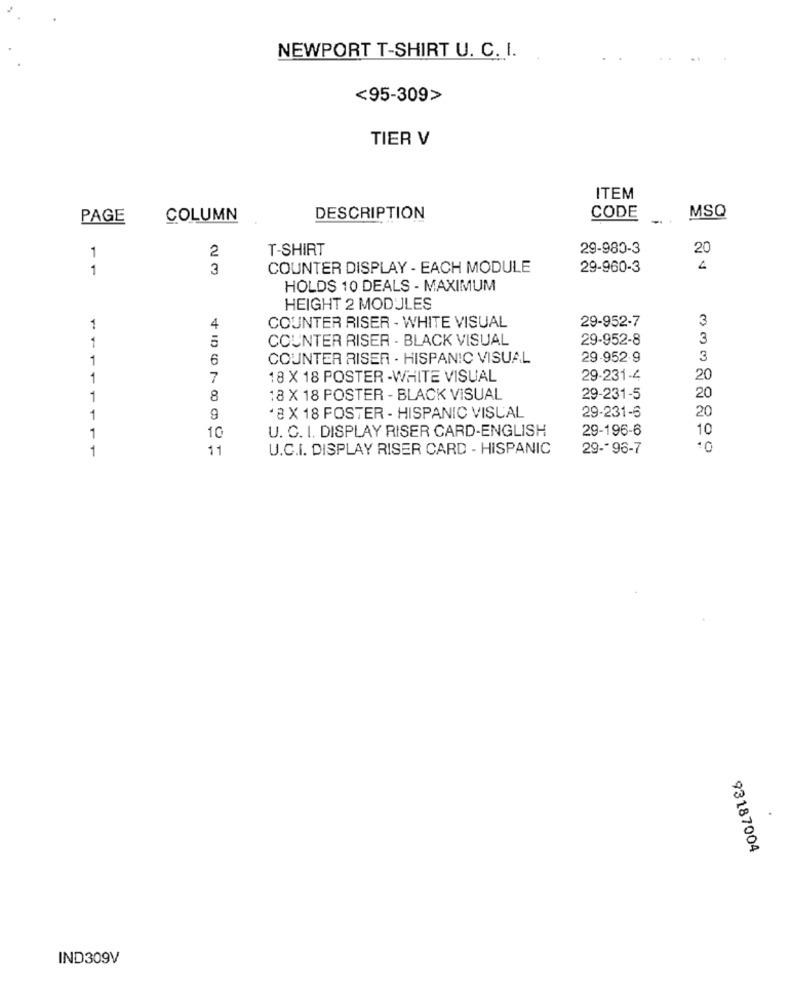
NEWPORT T-SHIRT U. C. I.
<95-309>
TIER V
ITEM
PAGE
COLUMN
DESCRIPTION
CODE
MSQ
T-SHIRT
29-980-3
20
1
2
1
3
COUNTER DISPLAY - EACH MODULE
29-960-3
4
HOLDS 10 DEALS - MAXIMUM
HEIGHT 2 MODULES
29-952-7
3
1
4
COUNTER RISER - WHITE VISUAL
5
COUNTER RISER - BLACK VISUAL
29-952-8
3
1
1
6
COUNTER RISER - HISPANIC VISUAL
29.952.9
3
1
7
18 X 18 POSTER -WHITE VISUAL
29-231-4
20
20
1
8
18 X 18 POSTER - BLACK VISUAL
29-231-5
29-231-6
20
1
9
.8 X 18 FOSTER - HISPANIC VISUAL
10
U. C. I. DISPLAY RISER CARD-ENGLISH
29-196-6
10
1
1
11
U.C.I. DISPLAY RISER CARD - HISPANIC
29 -- 96-7
93187004
IND309V